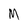
Character: M